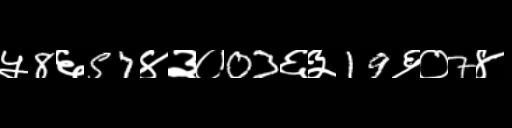
Text: ५8६57४३०03६३19६०7४